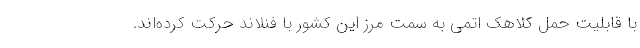
با قابلیت حمل کلاهک اتمی به سمت مرز این کشور با فنلاند حرکت کرده‌اند.